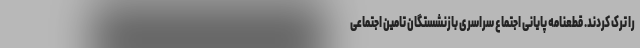
را ترک کردند. قطعنامه پایانی اجتماع سراسری بازنشستگان تامین اجتماعی